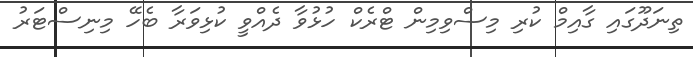
ތިނަދޫގައި ގާއިމް ކުރި މިސްވިމިން ޓްރެކް ހުޅުވާ ދެއްވީ ކުޅިވަރާ ބެހޭ މިނިސްޓަރު